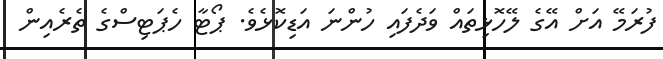
ފުރަމޭ އަށް އޭގެ ލޭހޮޅިތައް ވަދެފައި ހުންނަ އަޑިކޮޅެވެ. ޕޯޓާ ހެޕަޓިސްގެ ތެރެއިން